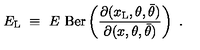
E _ { \mathrm { L } } \ \equiv \ E \ \mathrm { B e r } \left( { \frac { \partial ( x _ { \mathrm { L } } , \theta , \bar { \theta } ) } { \partial ( x , \theta , \bar { \theta } ) } } \right) \ .